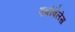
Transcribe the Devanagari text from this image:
एंबीवैलेंस